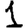
Digit: 1